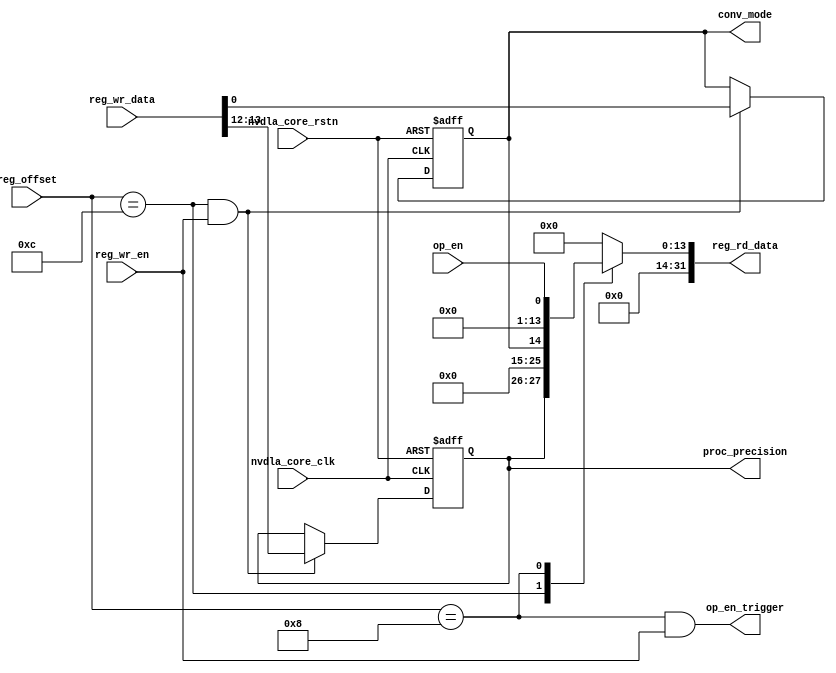
// ================================================================
// NVDLA Open Source Project
//
// Copyright(c) 2016 - 2017 NVIDIA Corporation. Licensed under the
// NVDLA Open Hardware License; Check "LICENSE" which comes with
// this distribution for more information.
// ================================================================
module NV_NVDLA_CMAC_REG_dual (
   reg_rd_data
  ,reg_offset
// verilint 498 off
// leda UNUSED_DEC off
  ,reg_wr_data
// verilint 498 on
// leda UNUSED_DEC on
  ,reg_wr_en
  ,nvdla_core_clk
  ,nvdla_core_rstn
  ,conv_mode
  ,proc_precision
  ,op_en_trigger
  ,op_en
  );
wire [31:0] nvdla_cmac_a_d_misc_cfg_0_out;
wire [31:0] nvdla_cmac_a_d_op_enable_0_out;
wire [11:0] reg_offset_rd_int;
wire [31:0] reg_offset_wr;
// Register control interface
output [31:0] reg_rd_data;
input [11:0] reg_offset;
input [31:0] reg_wr_data; //(UNUSED_DEC)
input reg_wr_en;
input nvdla_core_clk;
input nvdla_core_rstn;
// Writable register flop/trigger outputs
output conv_mode;
output [1:0] proc_precision;
output op_en_trigger;
// Read-only register inputs
input op_en;
// wr_mask register inputs
// rstn register inputs
// leda FM_2_23 off
reg arreggen_abort_on_invalid_wr;
reg arreggen_abort_on_rowr;
reg arreggen_dump;
// leda FM_2_23 on
reg conv_mode;
reg [1:0] proc_precision;
reg [31:0] reg_rd_data;
assign reg_offset_wr = {20'b0 , reg_offset};
// SCR signals
// Address decode
wire nvdla_cmac_a_d_misc_cfg_0_wren = (reg_offset_wr == (32'h700c & 32'h00000fff)) & reg_wr_en ; //spyglass disable UnloadedNet-ML //(W528)
wire nvdla_cmac_a_d_op_enable_0_wren = (reg_offset_wr == (32'h7008 & 32'h00000fff)) & reg_wr_en ; //spyglass disable UnloadedNet-ML //(W528)
assign nvdla_cmac_a_d_misc_cfg_0_out[31:0] = { 18'b0, proc_precision, 11'b0, conv_mode };
assign nvdla_cmac_a_d_op_enable_0_out[31:0] = { 31'b0, op_en };
assign op_en_trigger = nvdla_cmac_a_d_op_enable_0_wren; //(W563)
assign reg_offset_rd_int = reg_offset;
// Output mux
//spyglass disable_block W338, W263
always @(
  reg_offset_rd_int
  or nvdla_cmac_a_d_misc_cfg_0_out
  or nvdla_cmac_a_d_op_enable_0_out
  ) begin
  case (reg_offset_rd_int)
     (32'h700c & 32'h00000fff): begin
                            reg_rd_data = nvdla_cmac_a_d_misc_cfg_0_out ;
                            end
     (32'h7008 & 32'h00000fff): begin
                            reg_rd_data = nvdla_cmac_a_d_op_enable_0_out ;
                            end
    default: reg_rd_data = {32{1'b0}};
  endcase
end
//spyglass enable_block W338, W263
// spyglass disable_block STARC-2.10.1.6, NoConstWithXZ, W443
// Register flop declarations
always @(posedge nvdla_core_clk or negedge nvdla_core_rstn) begin
  if (!nvdla_core_rstn) begin
    conv_mode <= 1'b0;
    proc_precision[1:0] <= 2'b01;
  end else begin
// Register: NVDLA_CMAC_A_D_MISC_CFG_0 Field: conv_mode
  if (nvdla_cmac_a_d_misc_cfg_0_wren) begin
    conv_mode <= reg_wr_data[0];
  end
// Register: NVDLA_CMAC_A_D_MISC_CFG_0 Field: proc_precision
  if (nvdla_cmac_a_d_misc_cfg_0_wren) begin
    proc_precision[1:0] <= reg_wr_data[13:12];
  end
// Not generating flops for field NVDLA_CMAC_A_D_OP_ENABLE_0::op_en (to be implemented outside)
  end
end
// spyglass enable_block STARC-2.10.1.6, NoConstWithXZ, W443
// synopsys translate_off
// VCS coverage off
initial begin
  arreggen_dump = $test$plusargs("arreggen_dump_wr");
  arreggen_abort_on_rowr = $test$plusargs("arreggen_abort_on_rowr");
  arreggen_abort_on_invalid_wr = $test$plusargs("arreggen_abort_on_invalid_wr");
`ifdef VERILATOR
`else
  $timeformat(-9, 2, "ns", 15);
`endif
end
always @(posedge nvdla_core_clk) begin
  if (reg_wr_en) begin
    case(reg_offset)
      (32'h700c & 32'h00000fff): if (arreggen_dump) $display("%t:%m: reg wr: NVDLA_CMAC_A_D_MISC_CFG_0 = 0x%h (old value: 0x%h, 0x%b))", $time, reg_wr_data, nvdla_cmac_a_d_misc_cfg_0_out, nvdla_cmac_a_d_misc_cfg_0_out);
      (32'h7008 & 32'h00000fff): if (arreggen_dump) $display("%t:%m: reg wr: NVDLA_CMAC_A_D_OP_ENABLE_0 = 0x%h (old value: 0x%h, 0x%b))", $time, reg_wr_data, nvdla_cmac_a_d_op_enable_0_out, nvdla_cmac_a_d_op_enable_0_out);
      default: begin
          if (arreggen_dump) $display("%t:%m: reg wr: Unknown register (0x%h) = 0x%h", $time, reg_offset, reg_wr_data);
          if (arreggen_abort_on_invalid_wr) begin $display("ERROR: write to undefined register!"); $finish; end
        end
    endcase
  end
end
// VCS coverage on
// synopsys translate_on
endmodule // NV_NVDLA_CMAC_REG_dual